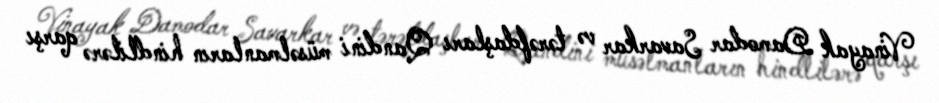
Vinayak Damodar Savarkar və tərəfdaşları Qandini müsəlmanların hindlilərə qarşı